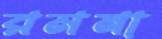
রমনা